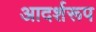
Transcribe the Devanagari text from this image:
आदर्शरूप